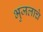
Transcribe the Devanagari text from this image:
भुजलाचे